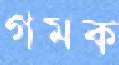
গমক